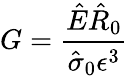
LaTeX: G=\frac{\hat{E}\hat{R}_{0}}{\hat{\sigma}_{0}\epsilon^{3}}